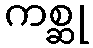
ကစ္ဆု